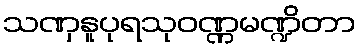
သဏှနူပုရသုဝဏ္ဏမဏ္ဍိတာ